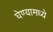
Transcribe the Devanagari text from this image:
घेण्यामध्ये